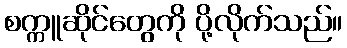
စက္ကူဆိုင်တွေကို ပို့လိုက်သည်။